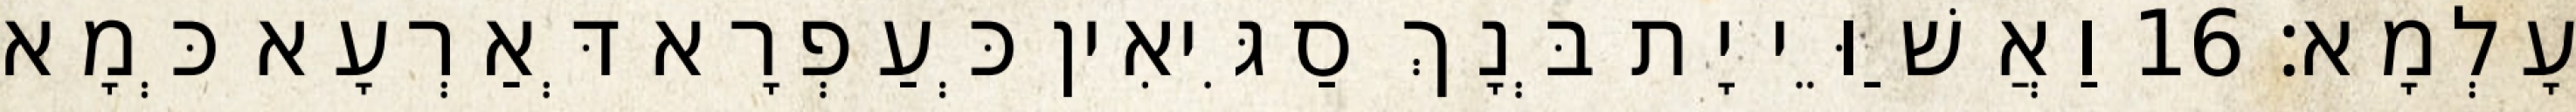
עָלְמָא׃ 16 וַאֲשַׁוֵּי יָת בְּנָךְ סַגִּיאִין כְּעַפְרָא דְּאַרְעָא כְּמָא